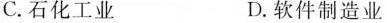
C.石化工业 D.软件制造业